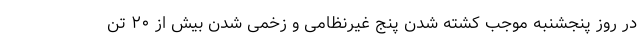
در روز پنجشنبه موجب کشته شدن پنج غیرنظامی و زخمی شدن بیش از ۲۰ تن